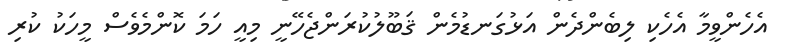
އެހެންވީމާ އެހެކި ލިބެންދެން އަޅުގަނޑުމެން ޤަބޫލުކުރަންޖެހޭނީ މިއީ ހަމަ ކޮންމެވެސް މީހަކު ކުރި